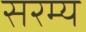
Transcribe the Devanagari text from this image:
सरम्य